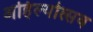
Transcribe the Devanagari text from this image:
अहिल्योत्सव